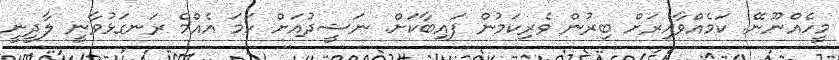
މީހެއްނޫނޭ. ކަމެއްވާއިރަށް ބިރުން ވެރިކަމުން ފައިބާކަށް. ނަޝީދުއަށް ހަމަ އެއްމެ ރަނގަޅުވާނީ ލާދީނީ